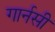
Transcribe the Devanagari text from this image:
गार्नसी